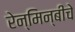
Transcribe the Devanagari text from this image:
रेन्मिन्बीचे